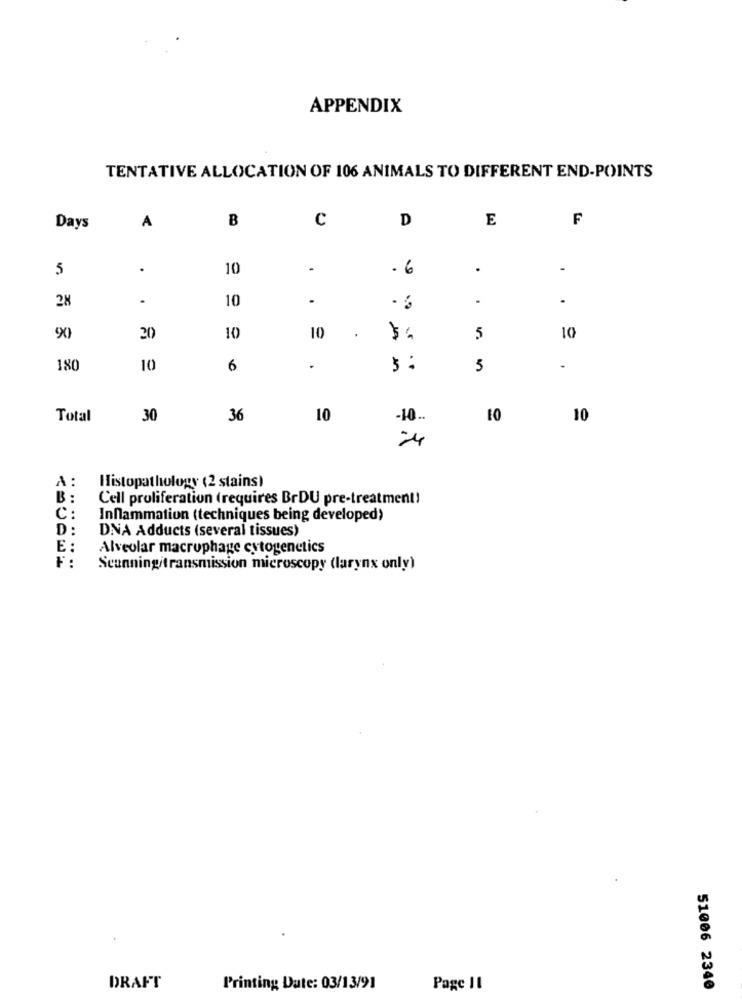
APPENDIX
TENTATIVE ALLOCATION OF 106 ANIMALS TO DIFFERENT END-POINTS
B
c
D
E
F
Days
A
5
.
10
.
.6
.
-
28
.
10
.
.
.
90
20
10
10
.€
5
10
180
10
6
.
5
.
Total
30
36
10
-10 ..
10
10
24
Histopathology (2 stains)
B :
Cell proliferation (requires BrDU pre-treatment!
C:
Inflammation (techniques being developed)
D :
DNA Adducts (several tissues)
E:
Alveolar macrophage cytogenetics
F:
Scanningitransmission microscopy (larynx only)
DRAFT
Printing Date: 03/13/91
Page Il
51006 2340